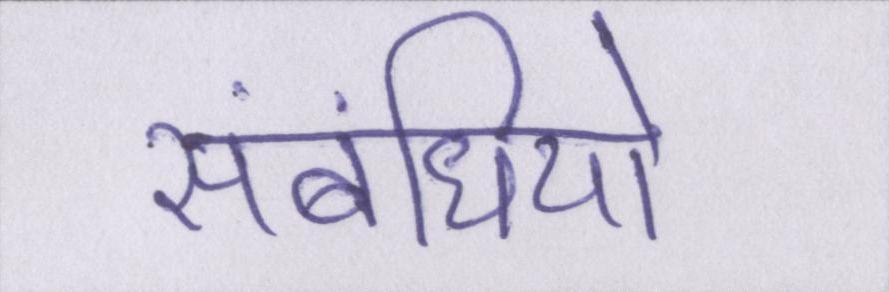
संबंधियो